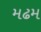
મઢમ